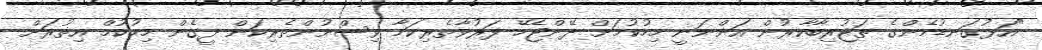
"އަޅުގަނޑުމެންގެ ތަޖުރިބާކާރުން އަންނަނީ މިހުކުމަށް ދޭންޖެހޭ ފަރުވާތެރިކަމާ ވިސްނުންތެރިކަން ދީގެން މިހުކުމް އިތުރަށް